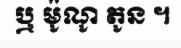
ឬ ម៉ូណូ តូន ។